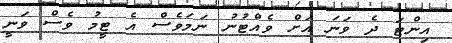
އިންޓަ ދެ ވަނަ އަށް ވެއްޓުނު ނަމަވެސް އެ ޓީމު ވެސް ވަނީ